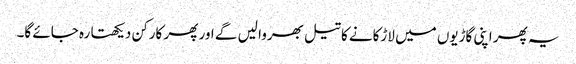
یہ پھر اپنی گاڑیوں میں لاڑکانے کا تیل بھروا لیں گے اور پھر کارکن دیکھتا رہ جائے گا۔